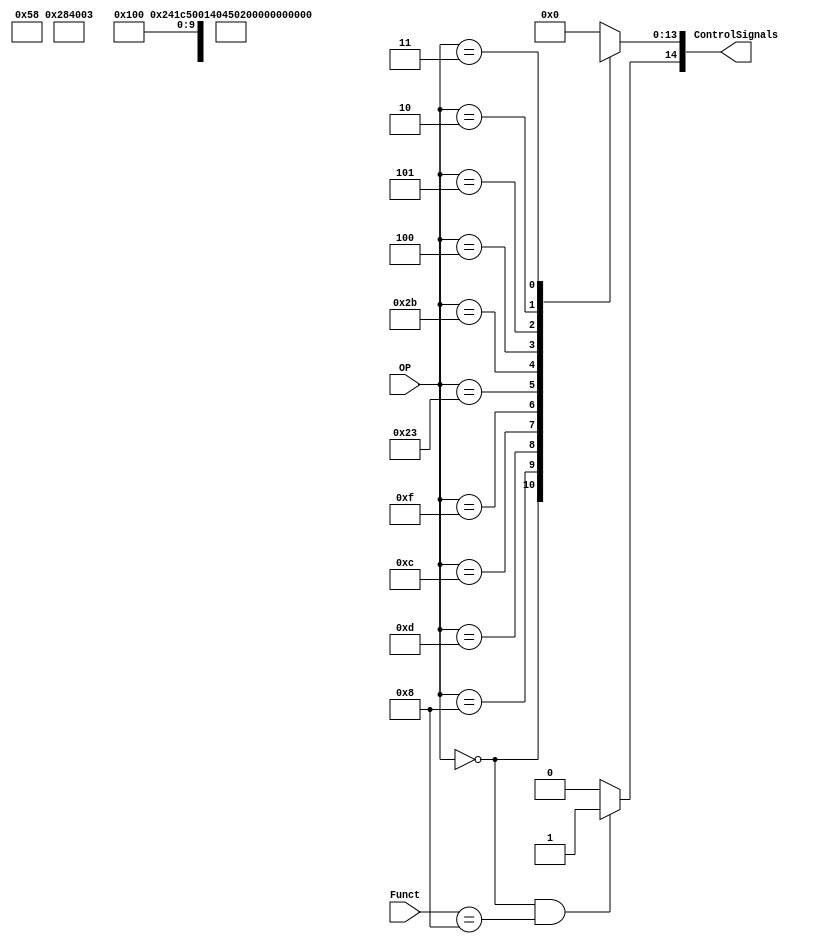
module Control
(
	/* ---------------------- INPUT ----------------------*/
	input [5:0]OP,
	input [5:0]Funct,   // To be able to detect Jr 
	/* ---------------------- OUTPUTS ----------------------*/
	output [14:0]ControlSignals
);

//Operations to be executed by the proccessor
/*
	
	First Instruction Set
	add, addi, or, ori, and, andi,nor, sll, srl y lui
	
	Type R: add, or, and, nor, sll, srl
	Type I: addi, ori, andi, lui
	Type R: 

	
*/

//Assign opcodes to local variables

localparam R_Type = 0;

localparam I_Type_ADDI = 6'h8;	
localparam I_Type_ORI = 6'h0d;	
localparam I_Type_ANDI = 6'h0c;
localparam I_Type_LUI = 6'h0f;
localparam I_Type_LW = 6'h023;
localparam I_Type_SW = 6'h02b;
localparam I_Type_BEQ = 6'h04;
localparam I_Type_BNE = 6'h05;

localparam J_Type_JUMP = 6'h02;
localparam J_Type_JAL = 6'h03;



reg [14:0] ControlValues;

//Compute control signals based in the opcode
always@(OP or Funct) begin
	casex(OP)
		R_Type:       	ControlValues= 15'b0_001_001_00_00_0111;

		I_Type_ADDI:	ControlValues= 15'b0_000_101_00_00_0000; 	// Verify control values
		I_Type_ORI:		ControlValues= 15'b0_000_101_00_00_0001;	// Verify control values
		I_Type_ANDI:	ControlValues= 15'b0_000_101_00_00_0010;
		I_Type_LUI:		ControlValues= 15'b0_000_101_00_00_0011;
	   I_Type_LW:		ControlValues= 15'b0_000_111_10_00_0100;
		I_Type_SW:		ControlValues= 15'b0_000_100_01_00_0101;
		I_Type_BEQ:		ControlValues= 15'b0_00x_0x0_00_01_0110;
		I_Type_BNE:		ControlValues= 15'b0_00x_0x0_00_10_1000;
		
		J_Type_JUMP:	ControlValues= 15'b0_010_000_00_00_0000;
		J_Type_JAL:    ControlValues= 15'b0_11x_x01_00_00_0000;

		default:
			ControlValues= 15'b00000000000000;
		endcase
		/*Add Jr case*/
	if(OP == 0 && Funct == 8)
			ControlValues[14] = 1;
end	

// Jr  = ControlValues[14]
// Jal = ControlValues[13];
// Jump = ControlValues[12];
// RegDst = ControlValues[11];
// ALUSrc = ControlValues[10];
// MemtoReg = ControlValues[9];
// RegWrite = ControlValues[8];
// MemRead = ControlValues[7];
// MemWrite = ControlValues[6];
// BranchNE = ControlValues[5];
// BranchEQ = ControlValues[4];
// ALUOp = ControlValues[3:0];
	
	assign ControlSignals = ControlValues;

endmodule